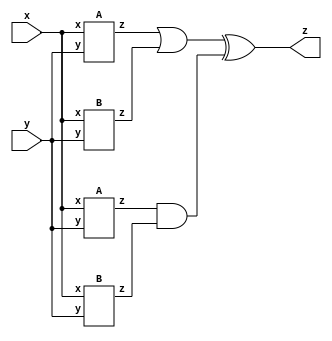
module top_module (input x, input y, output z); // hierarchy using the two submodules
    
 // wire z1, z2;
 // assign z1 = (x ^ y) &x;
 // assign z2 = ~(x ^ y);
 // assign z = (z1 | z2) ^ (z1 & z2);

  wire o1, o2, o3, o4;
	
	A ia1 (x, y, o1);
	B ib1 (x, y, o2);
	A ia2 (x, y, o3);
	B ib2 (x, y, o4);
	
	assign z = (o1 | o2) ^ (o3 & o4);

endmodule
module A (input x, input y, output z);

	assign z = (x ^ y) & x;
	
endmodule

module B (input x, input y, output z);

	assign z = ~(x ^ y);

endmodule